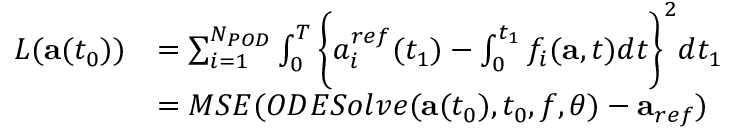
\begin{array} { r l } { L ( \mathbf { a } ( t _ { 0 } ) ) } & { = \sum _ { i = 1 } ^ { N _ { P O D } } \int _ { 0 } ^ { T } \bigg \{ { a _ { i } ^ { r e f } } ( t _ { 1 } ) - \int _ { 0 } ^ { t _ { 1 } } f _ { i } ( \mathbf { a } , t ) d t \bigg \} ^ { 2 } d t _ { 1 } } \\ & { = M S E ( O D E S o l v e ( \mathbf { a } ( t _ { 0 } ) , t _ { 0 } , f , \theta ) - \mathbf { a } _ { r e f } ) } \end{array}